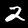
Digit: 2